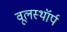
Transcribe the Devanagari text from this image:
वूलस्थॉर्प